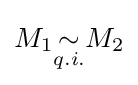
M_{1}{\underset {q.i.}{\sim }}M_{2}